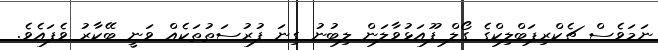
ނަމަވެސް ޗެކްރިޕަބްލިކްގެ ގޯލް ފޫއަޅުވާލަން ލިބުނު ގިނަ ފުރުސަތުތަކެއް ވަނީ ބޭކާރު ވެފައެވެ.